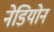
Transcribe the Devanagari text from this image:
नेडियोन